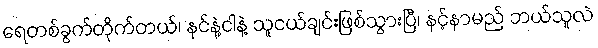
ရေတစ်ခွက်တိုက်တယ်၊ နင်နဲ့ငါနဲ့ သူငယ်ချင်းဖြစ်သွားပြီ၊ နင့်နာမည် ဘယ်သူလဲ